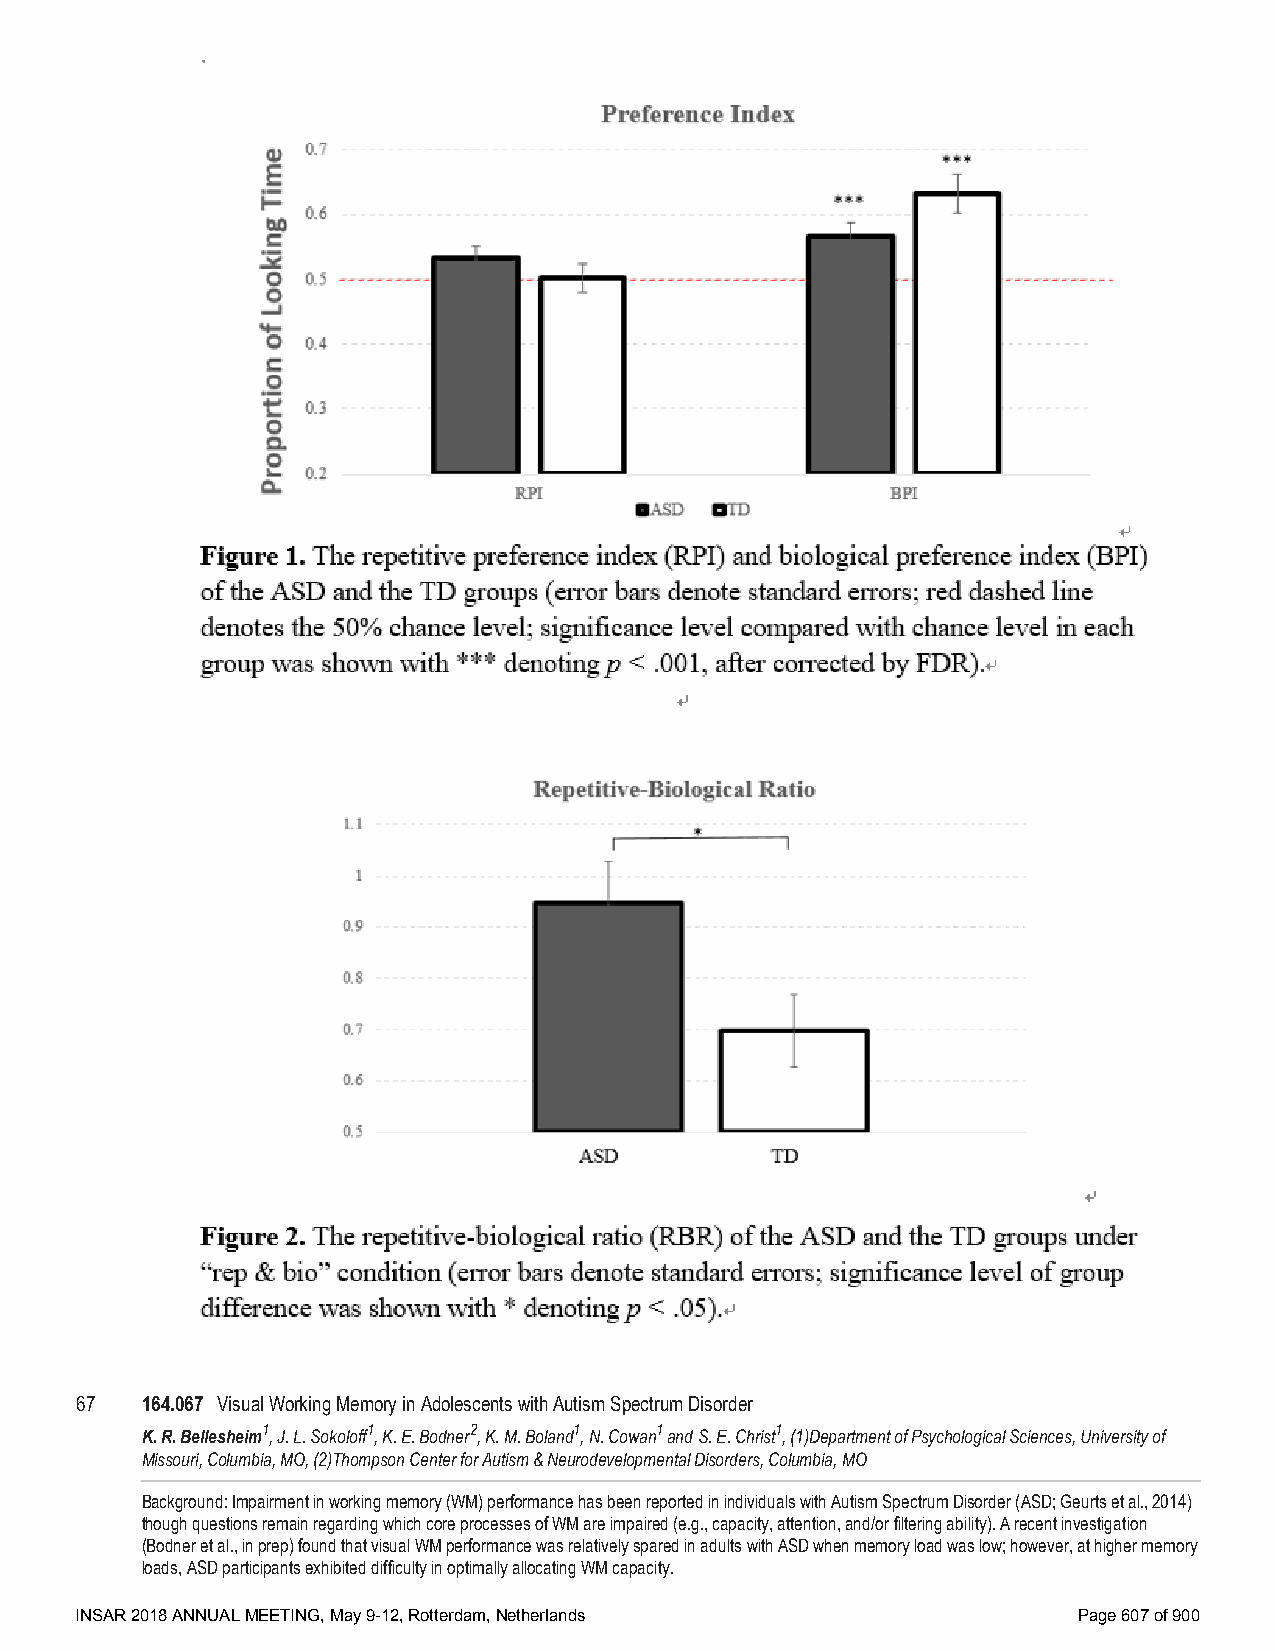
67  164.067 Visual Working Memory in Adolescents with Autism Spectrum Disorder
 K. R. Bellesheim1, J. L. Sokoloff1, K. E. Bodner2, K. M. Boland1, N. Cowan1 and S. E. Christ1, (1)Department of Psychological Sciences, University of
 Missouri, Columbia, MO, (2)Thompson Center for Autism & Neurodevelopmental Disorders, Columbia, MO
 Background: Impairment in working memory (WM) performance has been reported in individuals with Autism Spectrum Disorder (ASD; Geurts et al., 2014)
 though questions remain regarding which core processes of WM are impaired (e.g., capacity, attention, and/or filtering ability). A recent investigation
 (Bodner et al., in prep) found that visual WM performance was relatively spared in adults with ASD when memory load was low; however, at higher memory
 loads, ASD participants exhibited difficulty in optimally allocating WM capacity.
 INSAR 2018 ANNUAL MEETING, May 9-12, Rotterdam, Netherlands       Page 607 of 900